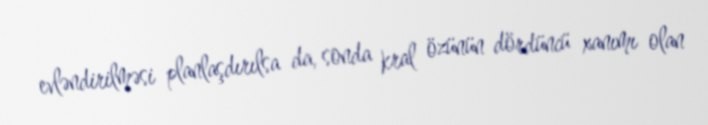
evləndirilməsi planlaşdırılsa da, sonda kral özünün dördüncü xanımı olan